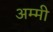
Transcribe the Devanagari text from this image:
अम्मी